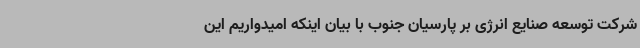
شرکت توسعه صنایع انرژی بر پارسیان جنوب با بیان اینکه امیدواریم این